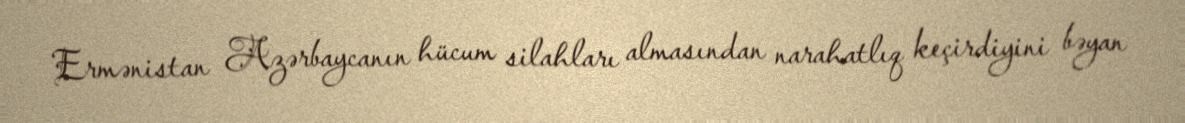
Ermənistan Azərbaycanın hücum silahları almasından narahatlıq keçirdiyini bəyan